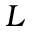
L